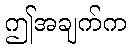
ဤအချက်က